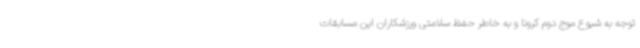
توجه به شیوع موج دوم کرونا و به خاطر حفظ سلامتی ورزشکاران این مسابقات